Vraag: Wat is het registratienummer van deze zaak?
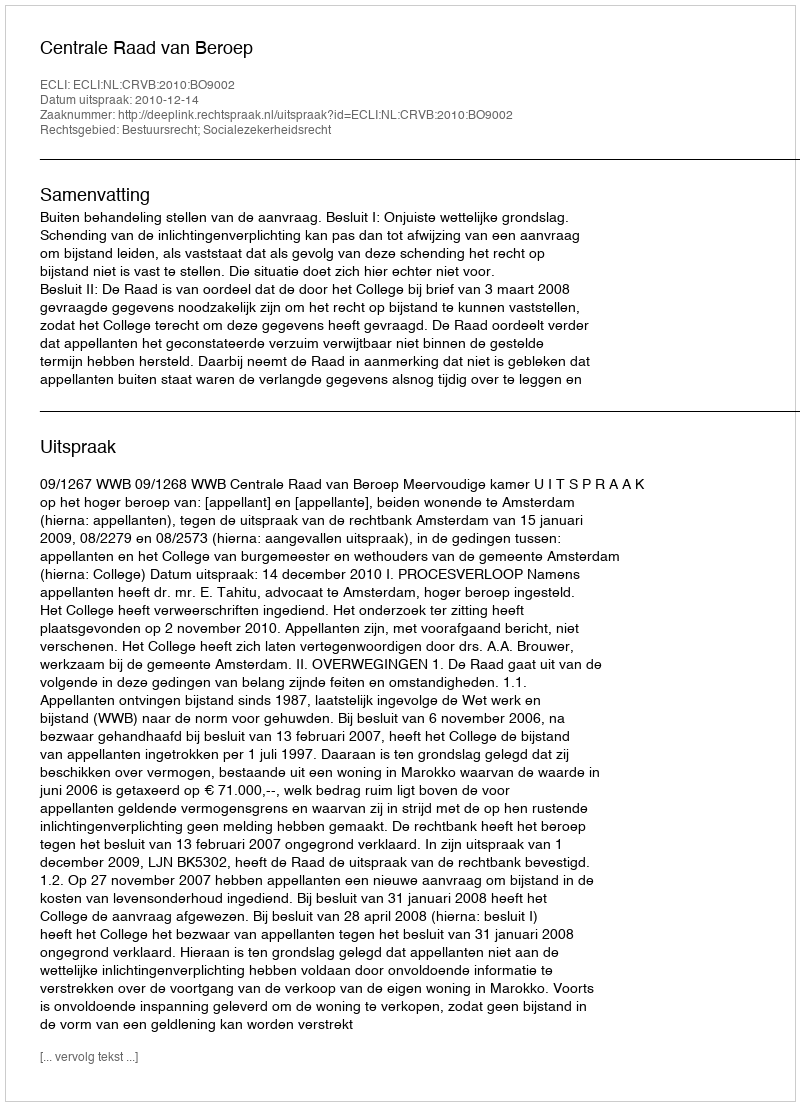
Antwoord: http://deeplink.rechtspraak.nl/uitspraak?id=ECLI:NL:CRVB:2010:BO9002